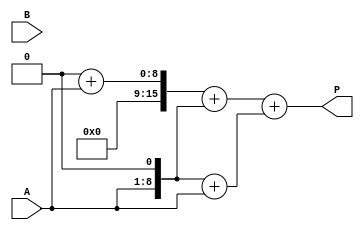
module radix4_wallace_multiplier #(parameter n = 8) (
    input [n-1:0] A,        // Multiplicand
    input [n-1:0] B,        // Multiplier
    output reg [2*n-1:0] P  // Product
);

    // Partial products
    reg [2*n-1:0] pp [0:3]; // Partial products array
    wire [2*n-1:0] sum0, sum1, sum2; // Outputs of Wallace tree stages

    // Generate partial products
    always @(*) begin
        pp[0] = 0; // A*B[1:0] = 00
        pp[1] = A; // A*B[1:0] = 01
        pp[2] = A << 1; // A*B[1:0] = 10
        pp[3] = (A << 1) + A; // A*B[1:0] = 11
    end

    // Wallace tree reduction
    wire [2*n-1:0] stage1[0:2];
    wire [2*n-1:0] carry0, carry1, carry2;

    // Stage 1: Combine partial products using half-adders and full-adders
    // First group
    assign stage1[0] = pp[0] + pp[1]; // Assuming pp[0] is 0, this is just pp[1]
    assign stage1[1] = pp[2];         // This is the first bit addition
    assign stage1[2] = pp[3];         // This is the second bit addition

    // Stage 2: Further reduction
    wire [2*n-1:0] final_sum0, final_sum1;

    // Combine stage1[0], stage1[1], and stage1[2]
    assign final_sum0 = stage1[0] + stage1[1];
    assign final_sum1 = final_sum0 + stage1[2];

    // Final addition from Wallace tree
    always @(*) begin
        P = final_sum1; // Output the final product
    end

endmodule